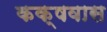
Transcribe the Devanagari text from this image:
कक्षवास